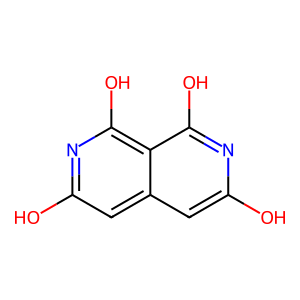
SMILES: Oc1cc2cc(O)nc(O)c2c(O)n1
Inhibits HIV replication: No